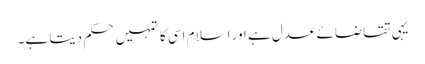
یہی تقاضائے عدل ہے اور اسلام اسی کا تمہیں حکم دیتا ہے۔